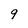
Character: 9